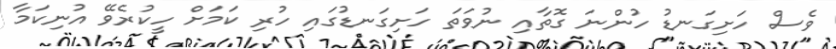
ވެސް ހަށިގަނޑު ހުންނަ ގޮތާއި ނުވަތަ ހަށިގަނޑުގައި ހުރި ކަމަށް ހީކުރެވޭ އުނިކަމާ